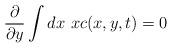
LaTeX: \begin{align*} \frac{\partial}{\partial y} \int dx \ xc(x,y,t)=0\end{align*}